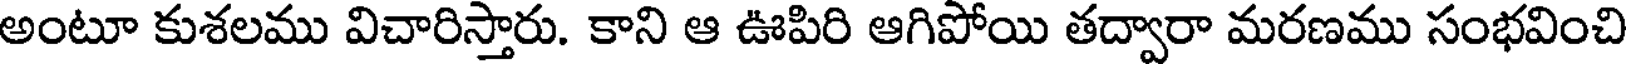
అంటూ కుశలము విచారిస్తారు. కాని ఆ ఊపిరి ఆగిపోయి తద్వారా మరణము సంభవించి